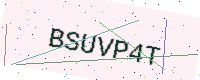
Text: BSUVP4T